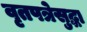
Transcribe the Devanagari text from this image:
वृतपत्रेसुद्धा